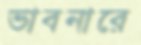
ভাবনারে